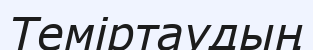
Теміртаудың